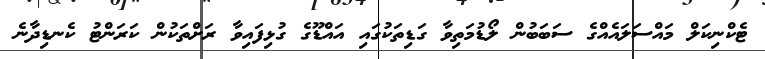
ޓެކްނިކަލް މައްސަލައެއްގެ ސަބަބުން ލޯޑުމަތިވާ ގަަޑިތަކުގައި އައްޑޫގެ ގުޅިފައިވާ ރަށްތަކުން ކަރަންޓު ކެނޑިދާނެ